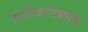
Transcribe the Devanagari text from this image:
पारिजातकाचे